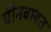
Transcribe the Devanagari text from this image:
चीनबाबत